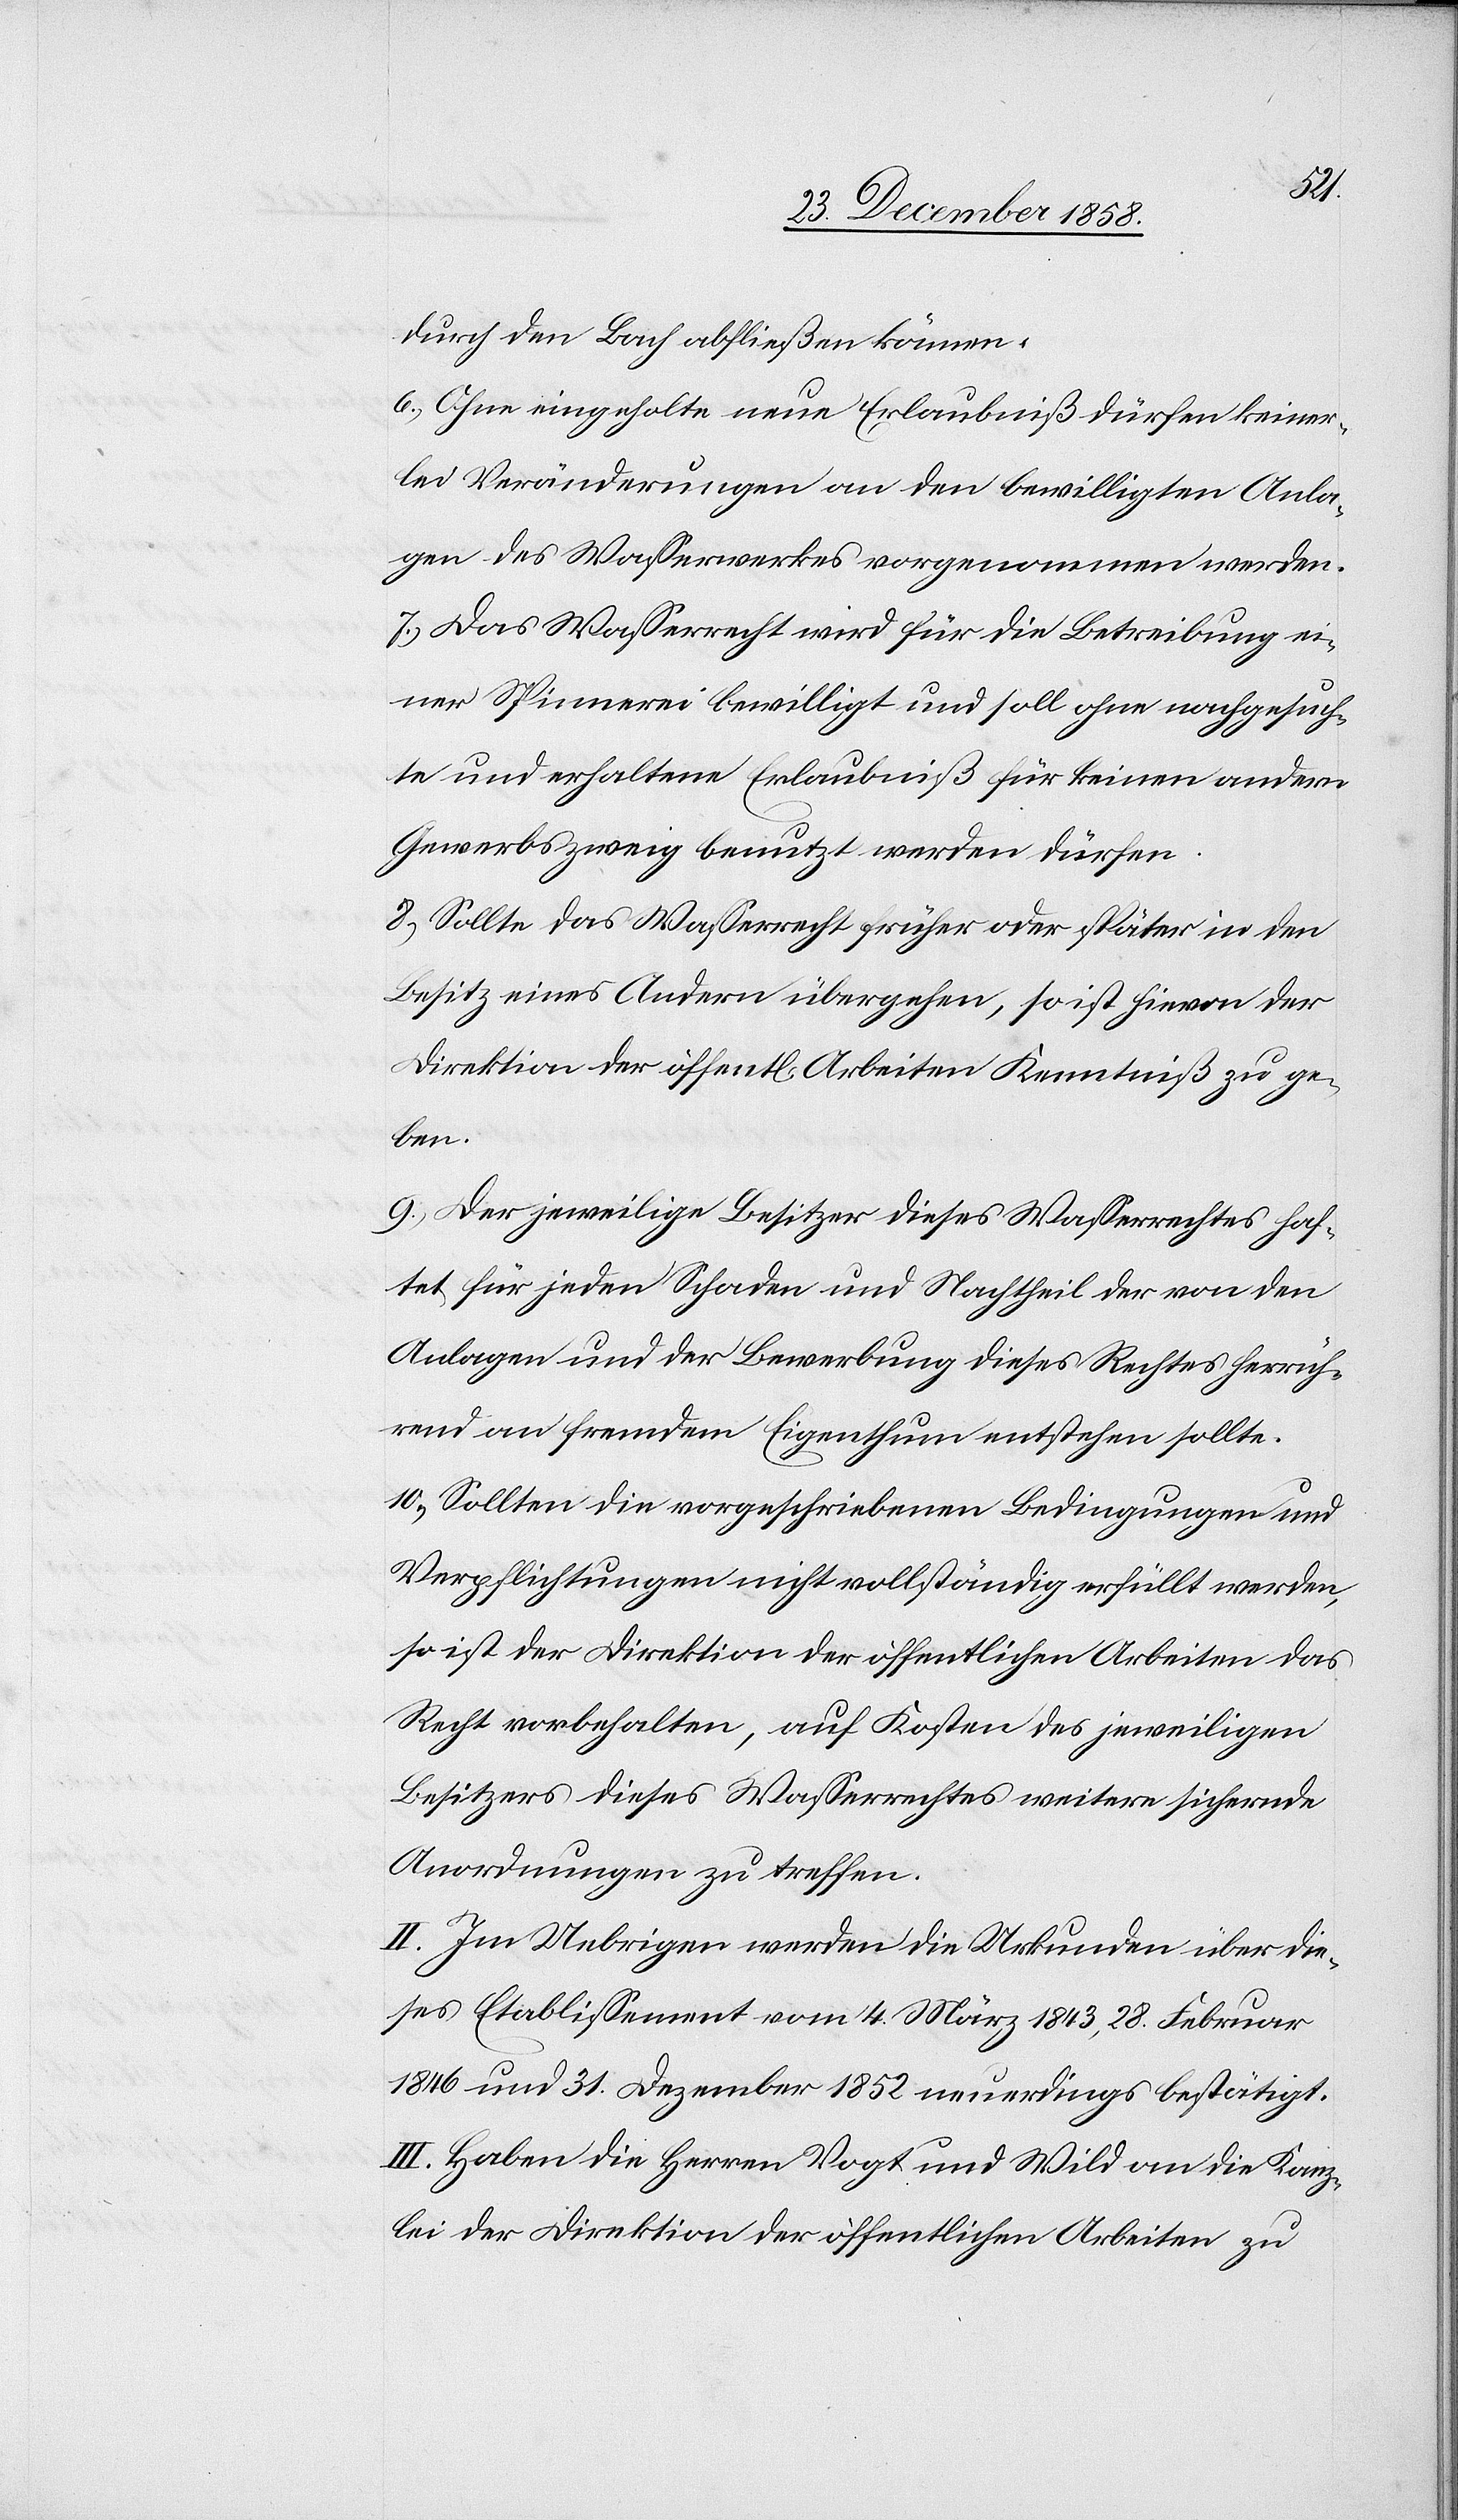
durch den Bach abfließen können.
6.) Ohne eingeholte neue Erlaubniß dürfen keiner¬
lei Veränderungen an den bewilligten Anla¬
gen des Wasserwerkes vorgenommen werden.
7.) Das Wasserrecht wird für die Betreibung ei¬
ner Spinnerei bewilligt und soll ohne nachgesuch¬
te und erhaltene Erlaubniß für keinen andern
Gewerbszweig benutzt werden dürfen.
8.) Sollte das Wasserrecht früher oder später in den
Besitz eines Andern übergehen, so ist hievon der
Direktion der öffent[lichen] Arbeiten Kenntniß zu ge¬
ben.
9.) Der jeweilige Besitzer dieses Wasserrechtes haf¬
tet für jeden Schaden und Nachtheil der von den
Anlagen und der Bewerbung dieses Rechtes herrüh¬
rend an fremdem Eigenthum entstehen sollte.
10.) Sollten die vorgeschriebenen Bedingungen und
Verpflichtungen nicht vollständig erfüllt werden,
so ist der Direktion der öffentlichen Arbeiten das
Recht vorbehalten, auf Kosten des jeweiligen
Besitzers dieses Wasserrechtes weitere sichernde
Anordnungen zu treffen.
II. Im Uebrigen werden die Urkunden über die¬
ses Etablissement vom 4. März 1843, 28. Februar
1846 und 31. Dezember 1852 neuerdings bestätigt.
III. Haben die Herren Vogt und Wild an die Kanz¬
lei der Direktion der öffentlichen Arbeiten zu